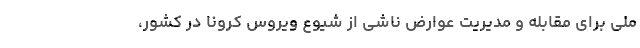
ملی برای مقابله و مدیریت عوارض ناشی از شیوع ویروس کرونا در کشور،